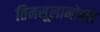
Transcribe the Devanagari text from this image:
तिनसूलानोन्डा